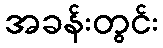
အခန်းတွင်း